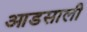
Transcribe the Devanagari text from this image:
आडसाली